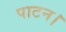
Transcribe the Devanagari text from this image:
पाटन।